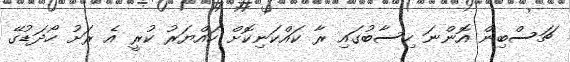
ޗަސްބިން އޮންނަ ހިސާބުގައި ރާ ކައްކަނިކޮށް ހައްޔަރު ކުރީ އެ ރަށު ހޯދަޑުގޭ